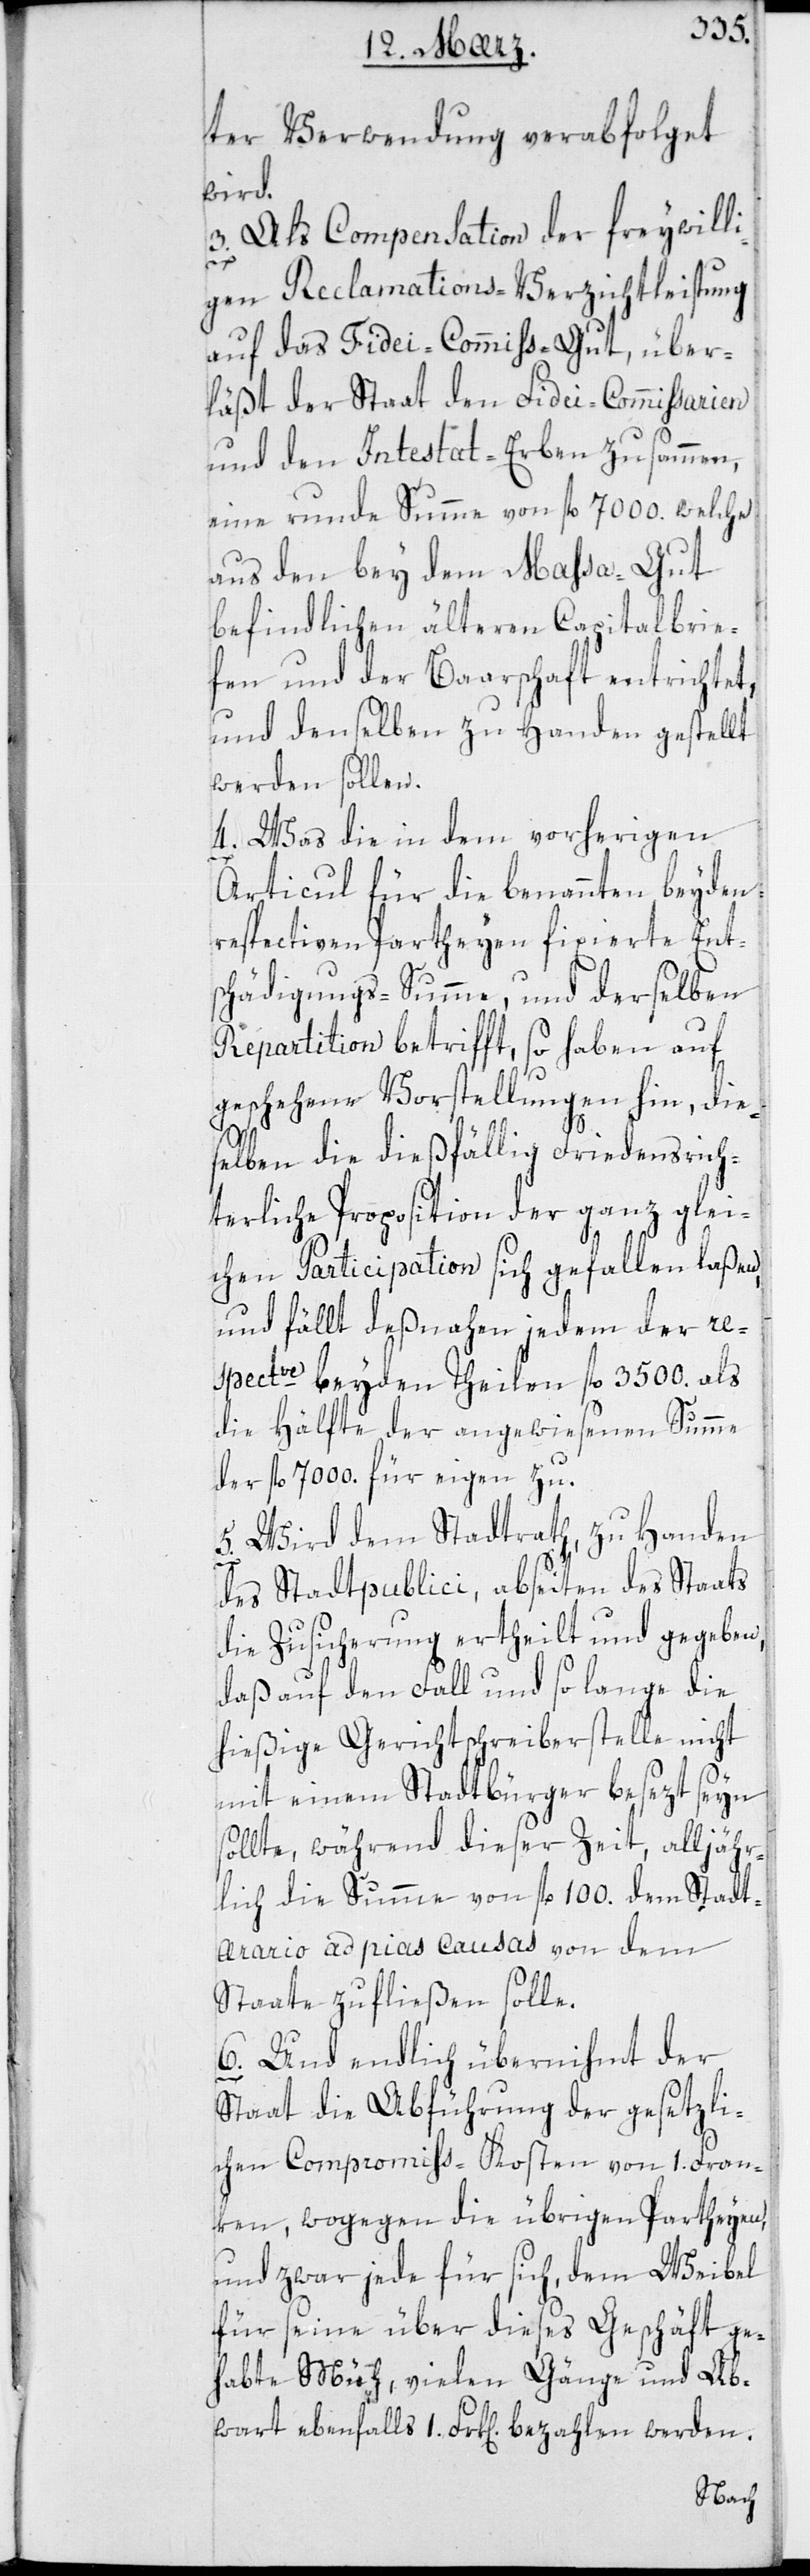
ter Verwendung verabfolget
wird.
3. Als Compensation der freywill¬
igen Reclamations-Verzichtleistung
auf das Fidei-Commiss-Gut, über¬
läßt der Staat den Fidei-Commissarien
und den Intestat-Erben zusammen
eine runde Summe von fl 7000. welche
aus den bey dem Massa-Gut
befindlichen älteren Capitalbrie¬
fen und der Baarschaft entrichtet
und denselben zu Handen gestellt
werden sollen.
4. Was die in dem vorherigen
Articul für die benannten beyden
respectiven Partheyen fixierte Ents¬
chädigungs-Summe und derselben
Repartition betrifft, so haben auf
geschehene Vorstellungen hin, die¬
selben die dießfällig Friedensrich¬
terliche Proposition der ganz glei¬
chen Participation sich gefallen laßen,
und fällt deßnahen jedem der re¬
spectve beyden Theilen fl 3500. als
die Hälfte der angewiesenen Summe
der fl 7000. für eigen zu.
5. Wird dem Stadtrath zu Handen
des Stadtpublici, abseiten des Staats
die Zusicherung ertheilt und gegeben,
daß auf den Fall und so lange die
hießige Gerichtschreiberstelle nicht
mit einem Stadtbürger besezt sein
sollte, während dieser Zeit, alljähr¬
lich die Summe von fl 100. dem Stad¬
t-Arario ad pias causas von dem
Staate zufließen solle.
6. Und endlich übernihmt der
Staat die Abführung der gesetzli¬
chen Compromiß-Kosten von 1. Fran¬
ken, wogegen die übrigen Partheyen,
und zwar jede für sich, dem Weibel
für seine über dieses Geschäft ge¬
habte Müh, vielen Gänge und Ab¬
wart ebenfalls 1. Frk[en] bezahlen werden.